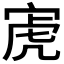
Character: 𫳔